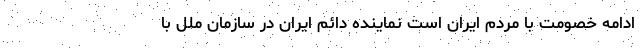
ادامه خصومت با مردم ایران است نماینده دائم ایران در سازمان ملل با